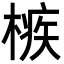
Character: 槉